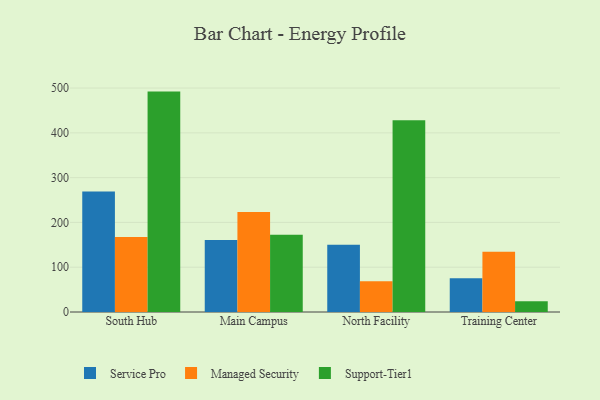
{"axis": {"x": "Campus", "y": "Production Output"}, "legend": ["Managed Security", "Service Pro", "Support-Tier1"], "data": [{"x": "South Hub", "y": 269.2, "type": "Service Pro"}, {"x": "South Hub", "y": 167.7, "type": "Managed Security"}, {"x": "South Hub", "y": 492.1, "type": "Support-Tier1"}, {"x": "Main Campus", "y": 161.0, "type": "Service Pro"}, {"x": "Main Campus", "y": 223.3, "type": "Managed Security"}, {"x": "Main Campus", "y": 172.6, "type": "Support-Tier1"}, {"x": "North Facility", "y": 150.3, "type": "Service Pro"}, {"x": "North Facility", "y": 68.4, "type": "Managed Security"}, {"x": "North Facility", "y": 428.2, "type": "Support-Tier1"}, {"x": "Training Center", "y": 75.3, "type": "Service Pro"}, {"x": "Training Center", "y": 134.7, "type": "Managed Security"}, {"x": "Training Center", "y": 24.1, "type": "Support-Tier1"}]}